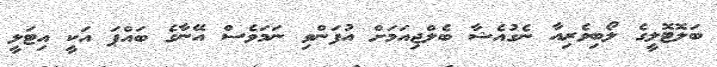
ބަލޮޓޮލީގެ ލޯބިވެރިއާ ނެގުއެޝާ ބެލްޖިއަމަށް އުފަންވި ނަމަވެސް އޭނާގެ ބައްޕަ އަކީ އިޓަލީ